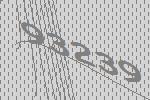
93239